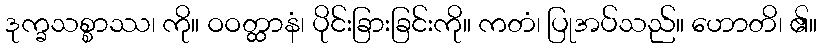
ဒုက္ခသစ္စာဿ၊ ကို။ ဝဝတ္ထာနံ၊ ပိုင်းခြားခြင်းကို။ ကတံ၊ ပြုအပ်သည်။ ဟောတိ၊ ၏။